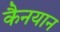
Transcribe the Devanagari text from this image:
कैनयान